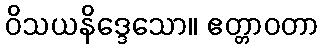
ဝိသယနိဒ္ဒေသော။ ဧတ္တာဝတာ